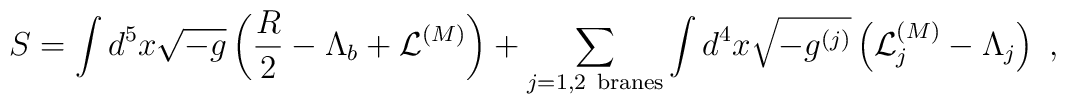
S=\int d^5x\sqrt{-g}\left( {R\over 2}-\Lambda_b +{\cal L}^{(M)} \right)+\sum_{j=1,2\ {\rm branes}}\int d^4x\sqrt{-g^{(j)}}\left({\cal L}^{(M)}_j- \Lambda_j\right)~,